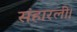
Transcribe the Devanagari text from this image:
संहारली।